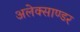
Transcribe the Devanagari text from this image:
अलेक्साण्डर